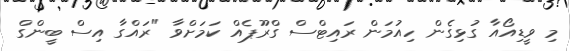
މި ވީޑިއޯއާ ގުޅިގެން ހިއުމަން ރައިޓްސް ގްރޫޕެއް ކަމަށްވާ "ރައްގާ އިސް ބީންގް